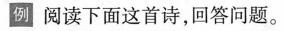
例 阅读下面这首诗，回答问题。